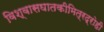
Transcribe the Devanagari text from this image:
विश्वासघातकीमित्रद्रोही